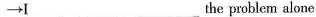
→I ___ the problem alone.